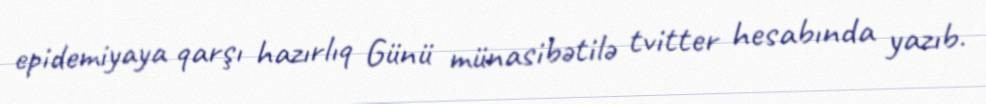
epidemiyaya qarşı hazırlıq Günü münasibətilə tvitter hesabında yazıb.